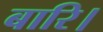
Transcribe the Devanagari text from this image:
बारि।